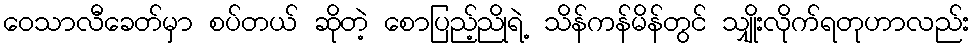
ဝေသာလီခေတ်မှာ စပ်တယ် ဆိုတဲ့ စောပြည့်ညိုရဲ့ သိန်ကန်မိန်တွင် သျှိုးလိုက်ရတုဟာလည်း